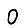
Digit: 0